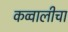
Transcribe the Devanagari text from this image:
कव्वालीचा